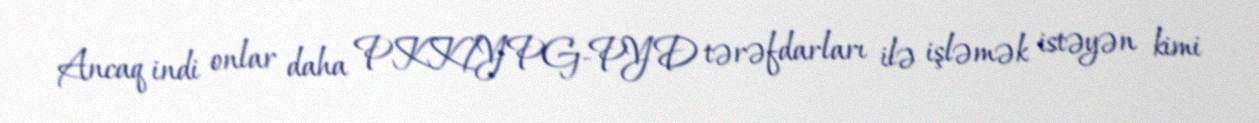
Ancaq indi onlar daha PKK/YPG-PYD tərəfdarları ilə işləmək istəyən kimi